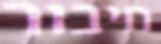
חיבור